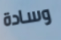
وسادة